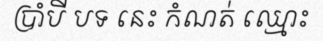
ប្រាំបី បទ នេះ កំណត់ ឈ្មោះ